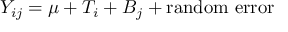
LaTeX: Y _ { i j } = \mu + T _ { i } + B _ { j } + \mathrm { r a n d o m \ e r r o r }